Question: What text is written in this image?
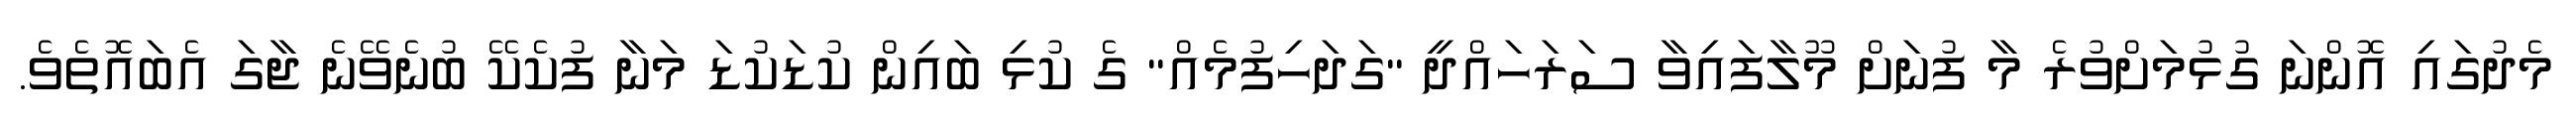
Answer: މެދުގައި އޮންނަ ގުޅުމަށްވުރެ މާ ފުނަށް މޫލާފައިވާ ސަރަހައްދީ "ގަދަހިފުމެއް" ގެ ކުޅި ބައިން ކުޑަކުޑަ މަނާ ފުކެކޭ ބުނެވޭނެ ޖާގަ އެބައޮތެވެ.